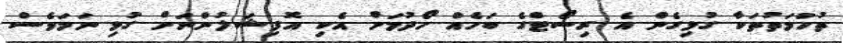
ތުހުމަތުތަކާ ގުޅިގެން އެ ރިސޯޓްގެ ބަހެއް ހޯދުމަށް އެކި އޮފިޝަލުންނަށް ގުޅި ނަމަވެސް